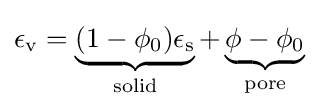
\epsilon _{\mathrm {v} }=\underbrace {(1-\phi _{0})\epsilon _{\mathrm {s} }} _{\text{solid}}+\underbrace {\phi -\phi _{0}} _{\text{pore}}